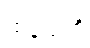
ထနယတိ